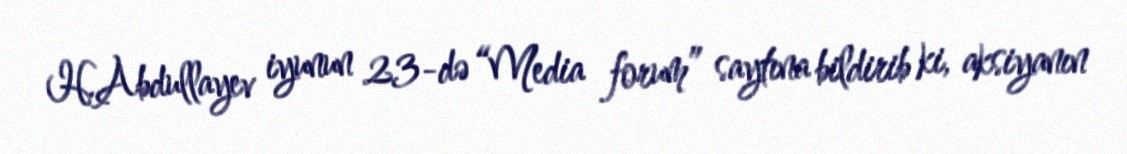
H.Abdullayev iyunun 23-də “Media forum” saytına bildirib ki, aksiyanın